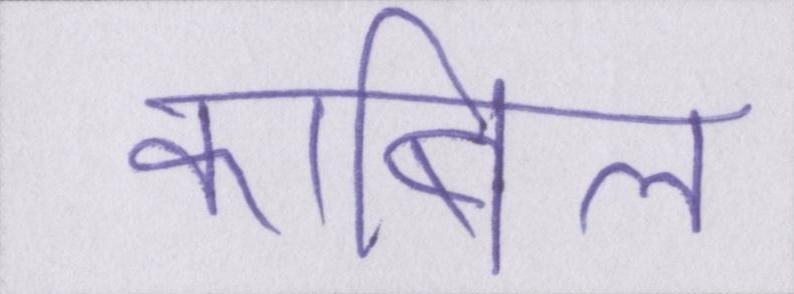
काबिल